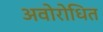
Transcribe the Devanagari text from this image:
अवोरोधित